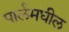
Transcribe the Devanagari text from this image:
पार्लमधील